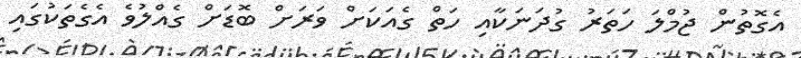
އެގޮތުން ޖުމްލަ ހަތަރު ގުދަނަކާއި ހަތް ގެއަކަށް ވަރަށް ބޮޑަށް ގެއްލުވެ އެގެތަކުގައި